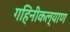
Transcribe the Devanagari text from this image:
गहिनीकल्याण